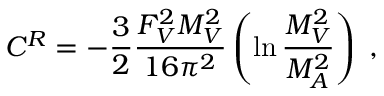
C ^ { R } = - \frac { 3 } { 2 } \frac { F _ { V } ^ { 2 } M _ { V } ^ { 2 } } { 1 6 \pi ^ { 2 } } \left( \ln \frac { M _ { V } ^ { 2 } } { M _ { A } ^ { 2 } } \right) \; ,